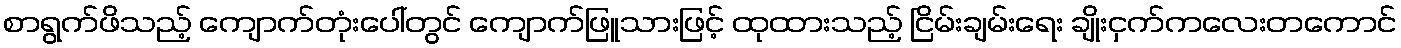
စာရွက်ဖိသည့် ကျောက်တုံးပေါ်တွင် ကျောက်ဖြူသားဖြင့် ထုထားသည့် ငြိမ်းချမ်းရေး ချိုးငှက်ကလေးတကောင်